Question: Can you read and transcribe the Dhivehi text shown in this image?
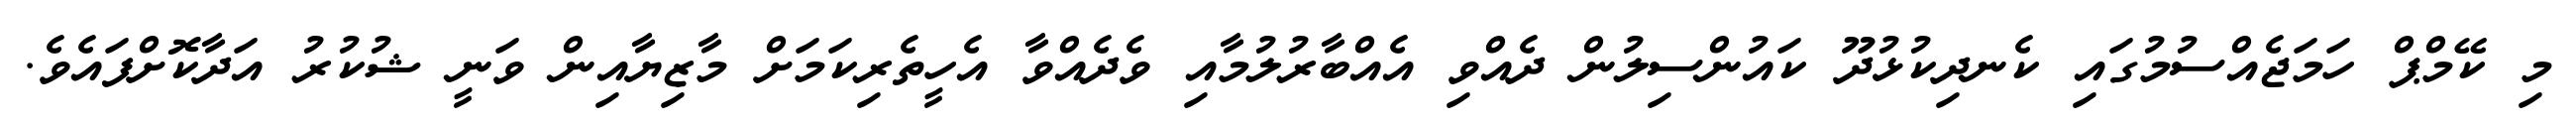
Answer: މި ކޭމްޕް ހަމަޖެއްސުމުގައި ކެނދިކުޅުދޫ ކައުންސިލުން ދެއްވި އެއްބާރުލުމާއި ވެދެއްވާ އެހީތެރިކަމަށް މާޒިޔާއިން ވަނީ ޝުކުރު އަދާކޮށްފައެވެ.